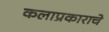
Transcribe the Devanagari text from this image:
कलाप्रकाराचे